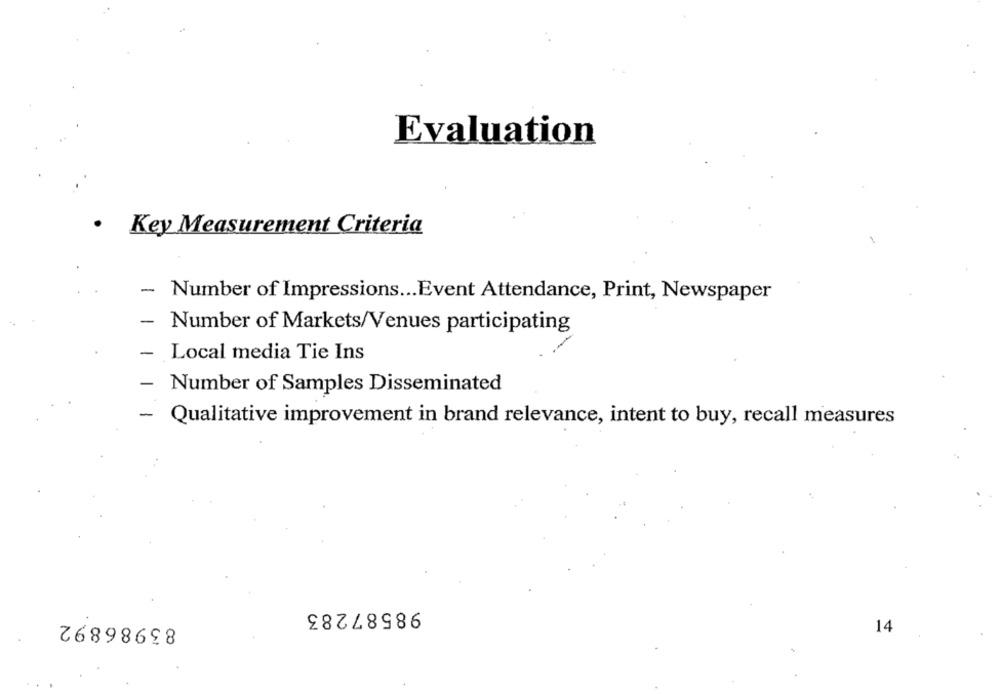
Evaluation
.
Key Measurement Criteria
- Number of Impressions ... Event Attendance, Print, Newspaper
-
Number of Markets/Venues participating
Local media Tie Ins
-
Number of Samples Disseminated
-
Qualitative improvement in brand relevance, intent to buy, recall measures
98587283
83986892
14